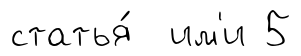
статья́ им'и 5